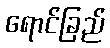
ရောင်ခြည်